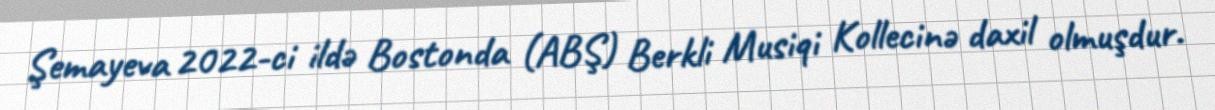
Şemayeva 2022-ci ildə Bostonda (ABŞ) Berkli Musiqi Kollecinə daxil olmuşdur.